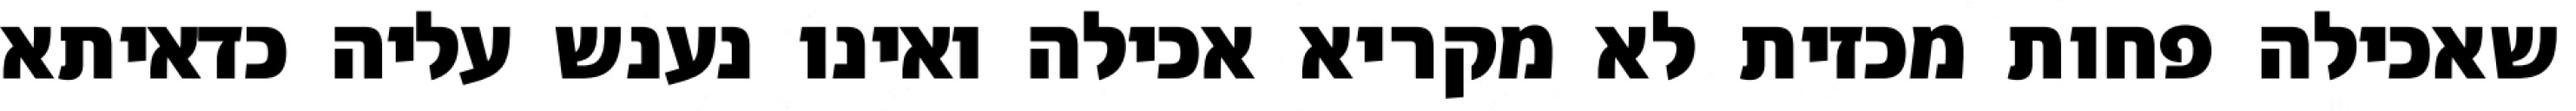
שאכילה פחות מכזית לא מקריא אכילה ואינו נענש עליה כדאיתא